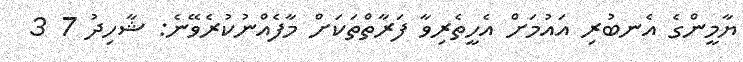
ޔާމީންގެ އެނބުރި އައުމަށް އެހީތެރިވާ ފަރާތްތަކަށް މާފެއްނުކުރެވޭނެ: ޝާހިދު 7 3